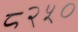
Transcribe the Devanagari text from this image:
८२५०